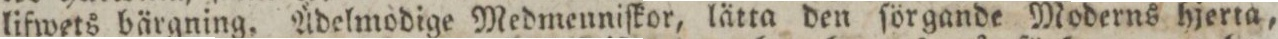
lifwets bärgning. Ådelmodige Medmenniſkor, lätta den ſörgande Moderns hjerta,